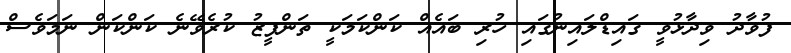
ފުވާދު ވިދާޅުވީ ގައިޑްލައިނުގައި ހުރި ބައެއް ކަންކަމަކީ ތަންފީޒު ކުރެވޭނެ ކަންކަން ނަމަވެސް